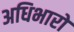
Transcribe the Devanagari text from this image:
अधिभारों